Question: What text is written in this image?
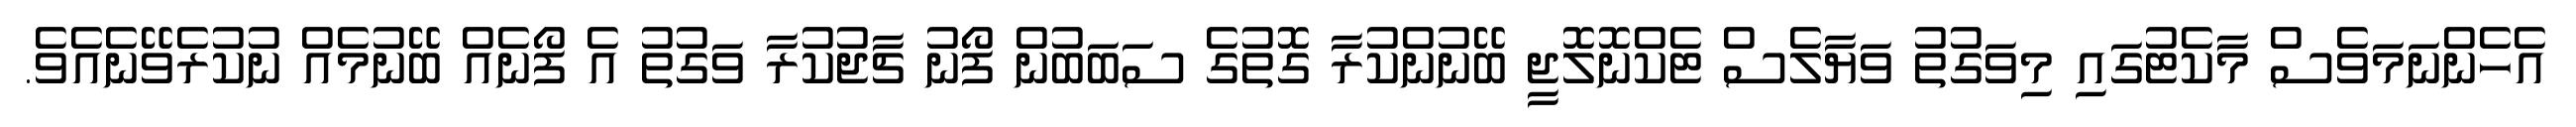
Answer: އެހެންނަމަވެސް މާކެޓުގައި މިވަގުތު ވަޔާލެސް ޓެކްނޮލޮޖީ ބޭނުންކުރާ ގޮތުގެ ސަބަބުން ފޯނު ޗާޖުކުރާ ވަގުތު އެ ފޯނެއް ބޭނުމެއް ނުކުރެވޭނެއެވެ.